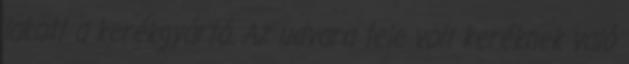
lakott a kerékgyártó. Az udvara tele volt keréknek való